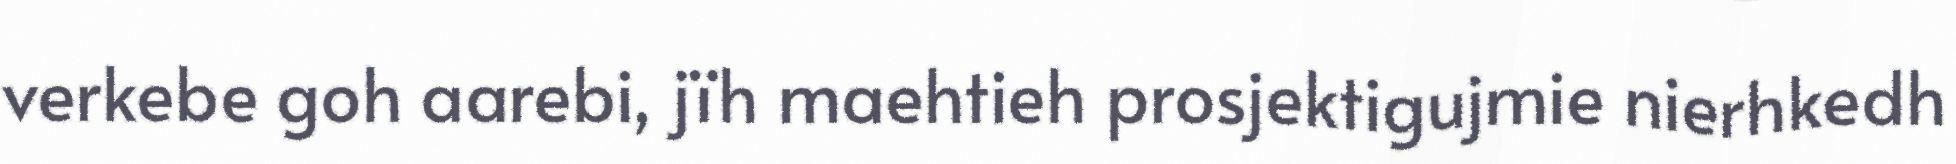
verkebe goh aarebi, jïh maehtieh prosjektigujmie nierhkedh